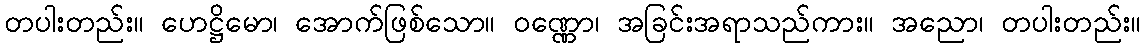
တပါးတည်း။ ဟေဋ္ဌိမော၊ အောက်ဖြစ်သော။ ဝဏ္ဏော၊ အခြင်းအရာသည်ကား။ အညော၊ တပါးတည်း။